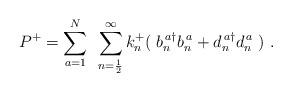
LaTeX: \begin{align*}P^+ = \sum_{a=1}^{N} ~ \sum_{n= \frac{1}{2} }^{\infty} k_n^+ ( ~ b_n^{\, a \dag} b_n^{\,a} + d_n^{\, a \dag} d_n^{\,a} ~)~. \end{align*}